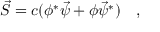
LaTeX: \vec { S } = c ( \phi ^ { * } \vec { \psi } + \phi \vec { \psi } ^ { * } ) \quad ,